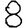
Digit: 8